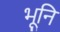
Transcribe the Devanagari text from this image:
भूनि